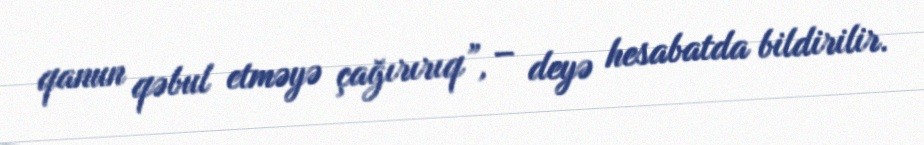
qanun qəbul etməyə çağırırıq”, – deyə hesabatda bildirilir.